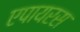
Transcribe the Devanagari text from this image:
एपायरस